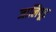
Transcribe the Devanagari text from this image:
जालिपूर